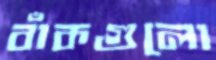
বাঁকগুলো